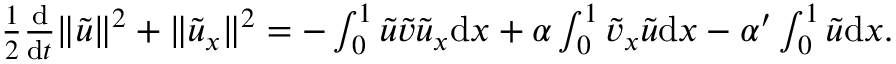
\begin{array} { r } { \frac 1 2 \frac { \mathrm { d } } { \mathrm { d } t } \| { \tilde { u } } \| ^ { 2 } + \| { \tilde { u } } _ { x } \| ^ { 2 } = - \int _ { 0 } ^ { 1 } { \tilde { u } } { \tilde { v } } { \tilde { u } } _ { x } { \mathrm { d } x } + \alpha \int _ { 0 } ^ { 1 } { \tilde { v } } _ { x } { \tilde { u } } { \mathrm { d } x } - \alpha ^ { \prime } \int _ { 0 } ^ { 1 } { \tilde { u } } { \mathrm { d } x } . } \end{array}